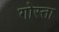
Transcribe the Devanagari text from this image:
गोस्ता